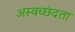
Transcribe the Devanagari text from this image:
अस्वच्छंदता